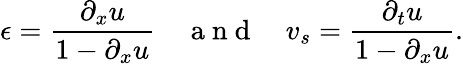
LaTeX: \epsilon=\frac{\partial_{x}u}{1-\partial_{x}u}\quad\mathrm{~a~n~d~}\quad v_{s}=\frac{\partial_{t}u}{1-\partial_{x}u}.